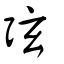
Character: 弦